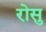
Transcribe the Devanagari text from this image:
रोसु